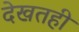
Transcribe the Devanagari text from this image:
देखतही